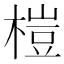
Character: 榿